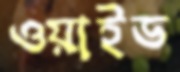
ওয়াইড